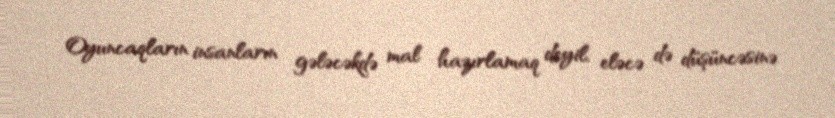
Oyuncaqların insanların gələcəkdə mal hazırlamaq deyil, eləcə də düşüncəsinə